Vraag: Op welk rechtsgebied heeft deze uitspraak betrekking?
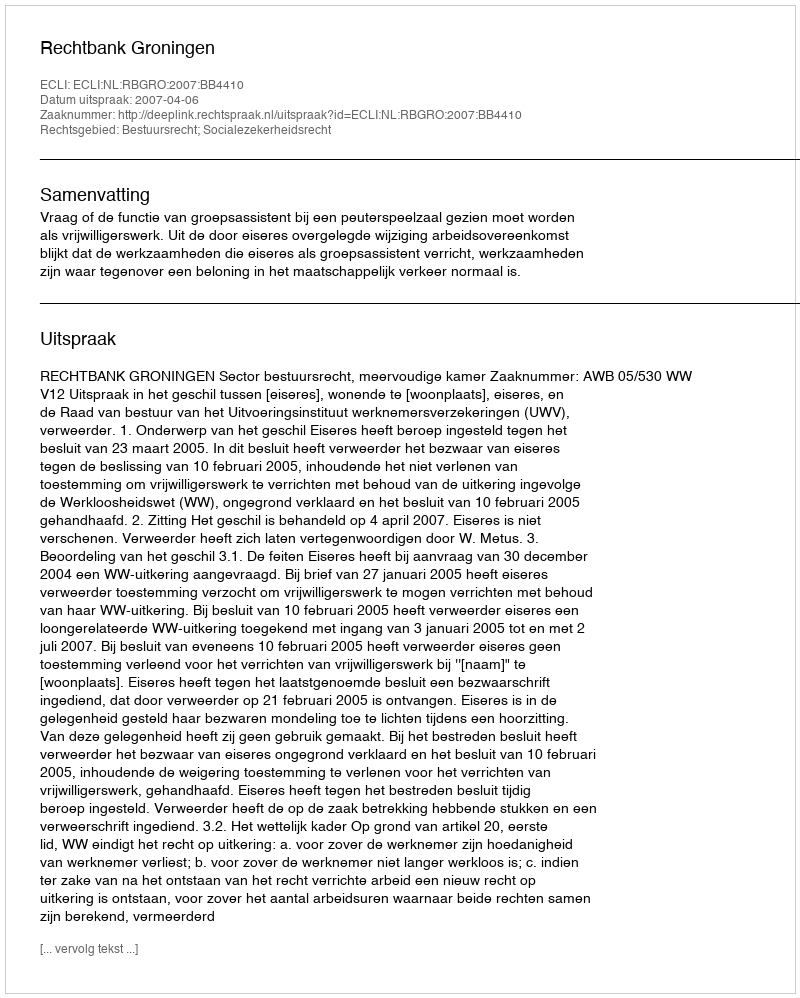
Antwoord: Bestuursrecht; Socialezekerheidsrecht